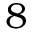
8